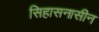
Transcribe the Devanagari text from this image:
सिहासनासीन